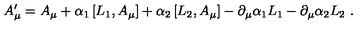
A _ { \mu } ^ { \prime } = A _ { \mu } + \alpha _ { 1 } \left[ L _ { 1 } , A _ { \mu } \right] + \alpha _ { 2 } \left[ L _ { 2 } , A _ { \mu } \right] - \partial _ { \mu } \alpha _ { 1 } L _ { 1 } - \partial _ { \mu } \alpha _ { 2 } L _ { 2 } \ .